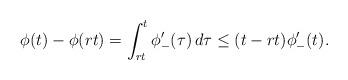
LaTeX: \begin{align*}\phi(t)-\phi(rt) = \int_{rt}^t \phi'_- (\tau) \, d \tau\le (t- rt) \phi'_- (t).\end{align*}